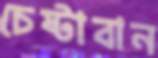
চেষ্টাবান